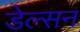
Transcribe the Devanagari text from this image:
डेल्सन